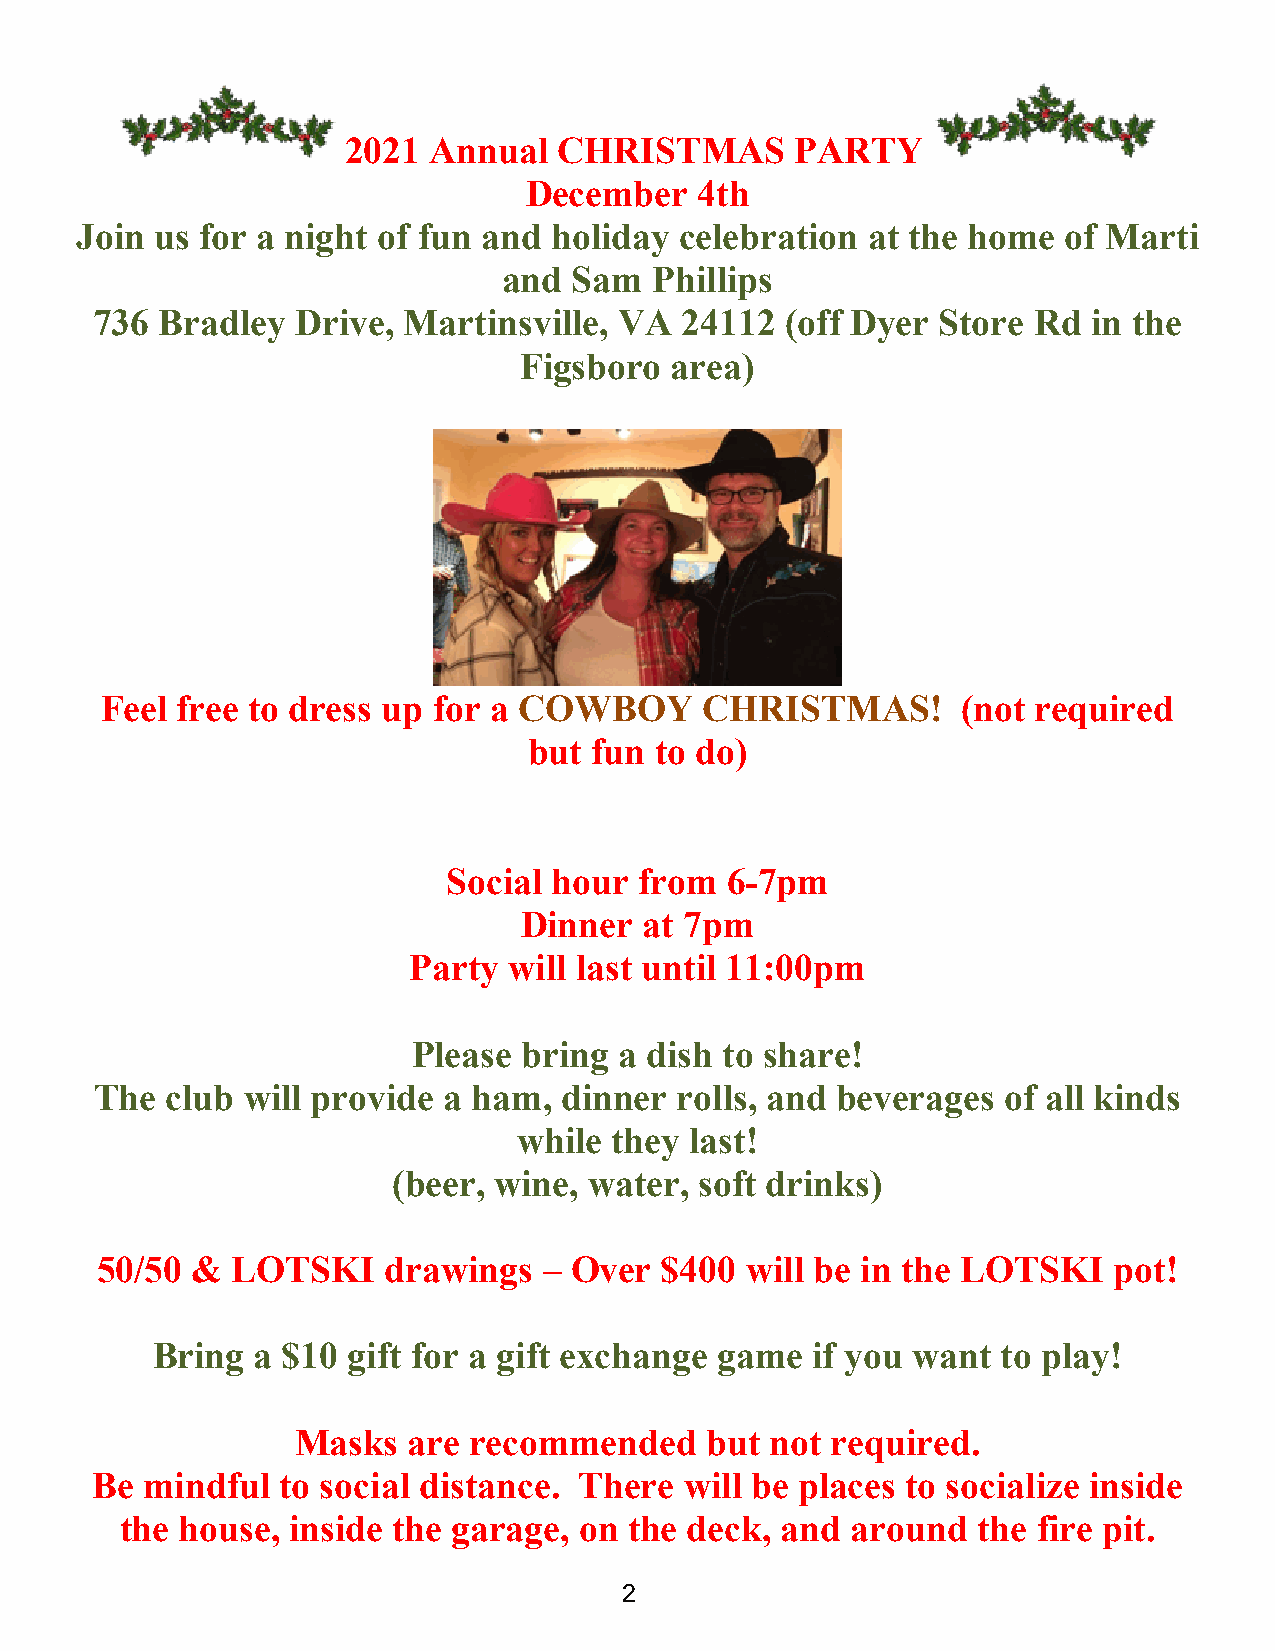
2021 Annual   CHRISTMAS       PARTY
 December   4th
 Join us for a night of fun and holiday  celebration at the home  of Marti
 and  Sam  Phillips
 736  Bradley  Drive, Martinsville, VA  24112  (off Dyer Store Rd  in the
 Figsboro  area)
 Feel free to dress up for a COWBOY      CHRISTMAS!       (not required
 but fun to do)
 Social hour from  6-7pm
 Dinner   at 7pm
 Party  will last until 11:00pm
 Please  bring a dish to share!
 The  club will provide a ham,  dinner  rolls, and beverages of all kinds
 while they  last!
 (beer, wine, water, soft drinks)
 50/50  & LOTSKI     drawings  – Over  $400 will be in the LOTSKI    pot!
 Bring  a $10 gift for a gift exchange game  if you want to play!
 Masks  are recommended     but not required.
 Be mindful   to social distance. There will be places to socialize inside
 the house, inside the garage, on  the deck, and around   the fire pit.
 2